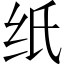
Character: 纸